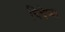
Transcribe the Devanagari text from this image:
चिचेच्या